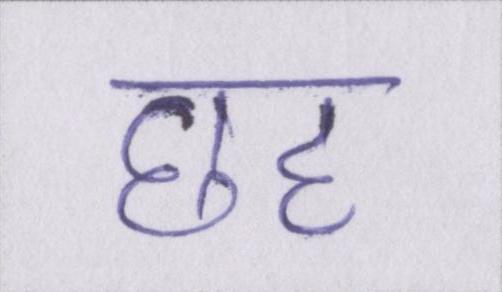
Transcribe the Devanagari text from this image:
छह